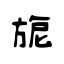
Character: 旎